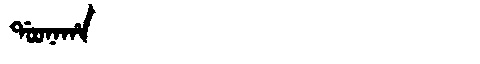
Manchu: ᡩᠣᠣᠨᠠᡥᠠ
Romanization: DOONAHA